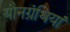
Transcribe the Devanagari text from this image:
यौनग्रंथियां